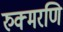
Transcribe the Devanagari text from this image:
रुक्मरणि